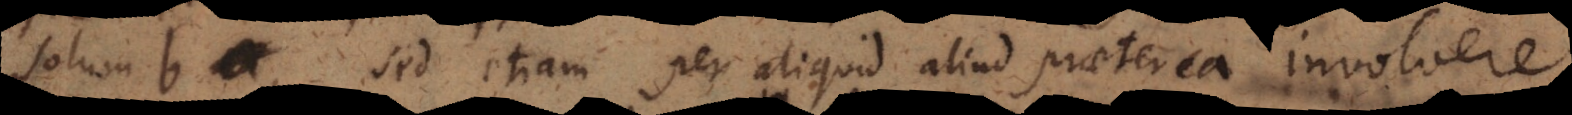
solum b, sed etiam aliquid aliud praeterea involvere